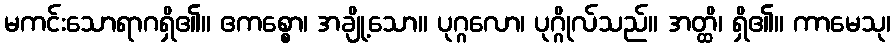
မကင်းသောရာဂရှိ၏။ ဧကစ္စော၊ အချို့သော။ ပုဂ္ဂလော၊ ပုဂ္ဂိုလ်သည်။ အတ္ထိ၊ ရှိ၏။ ကာမေသု၊